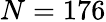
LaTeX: N=176